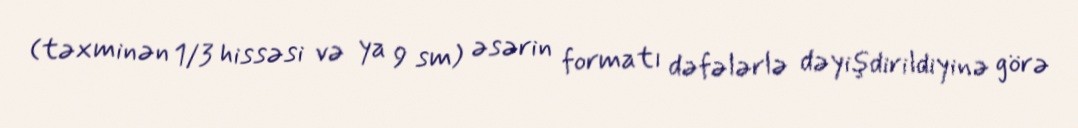
(təxminən 1/3 hissəsi və ya 9 sm) əsərin formatı dəfələrlə dəyişdirildiyinə görə